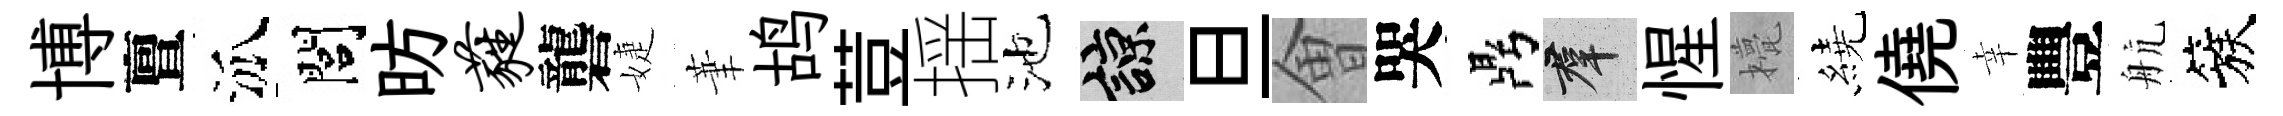
博亶泒閭昉蕤礱婕茟鸪荳揺池諒旦㑹哭鼎群惺甍繞僥幸豐航簇